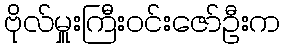
ဗိုလ်မှူးကြီးဝင်းဇော်ဦးက